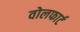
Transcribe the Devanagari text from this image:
वोलफार्ट